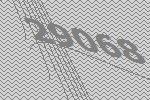
29068